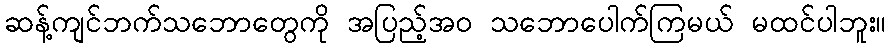
ဆန့်ကျင်ဘက်သဘောတွေကို အပြည့်အဝ သဘောပေါက်ကြမယ် မထင်ပါဘူး။